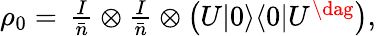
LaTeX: \begin{array}{r}{\rho_{0}=\, \frac{I}{\bar{n}}\otimes\frac{I}{\bar{n}}\otimes\left(U|0\rangle\langle 0|U^{\dag}\right),}\end{array}